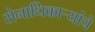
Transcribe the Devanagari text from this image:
सेनाधिकाऱ्यांचे